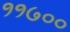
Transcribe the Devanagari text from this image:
११७००